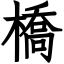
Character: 橋